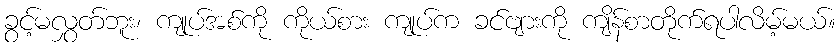
ခွင့်မလွှတ်ဘူး၊ ကျုပ်အစ်ကို ကိုယ်စား ကျုပ်က ခင်ဗျားကို ကျိန်စာတိုက်ရပါလိမ့်မယ်။